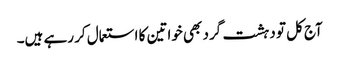
آج کل تو دہشت گرد بھی خواتین کا استعمال کر رہے ہیں۔